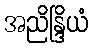
အညိန္ဒြိယံ